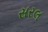
સરલ